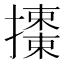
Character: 𢷜